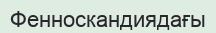
Фенноскандиядағы